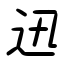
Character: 迅